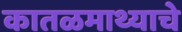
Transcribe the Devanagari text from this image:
कातळमाथ्याचे